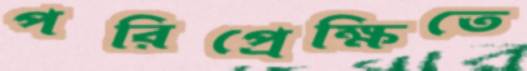
পরিপ্রেক্ষিতে